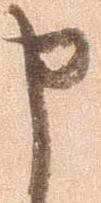
申